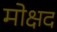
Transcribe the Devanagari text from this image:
मोक्षद